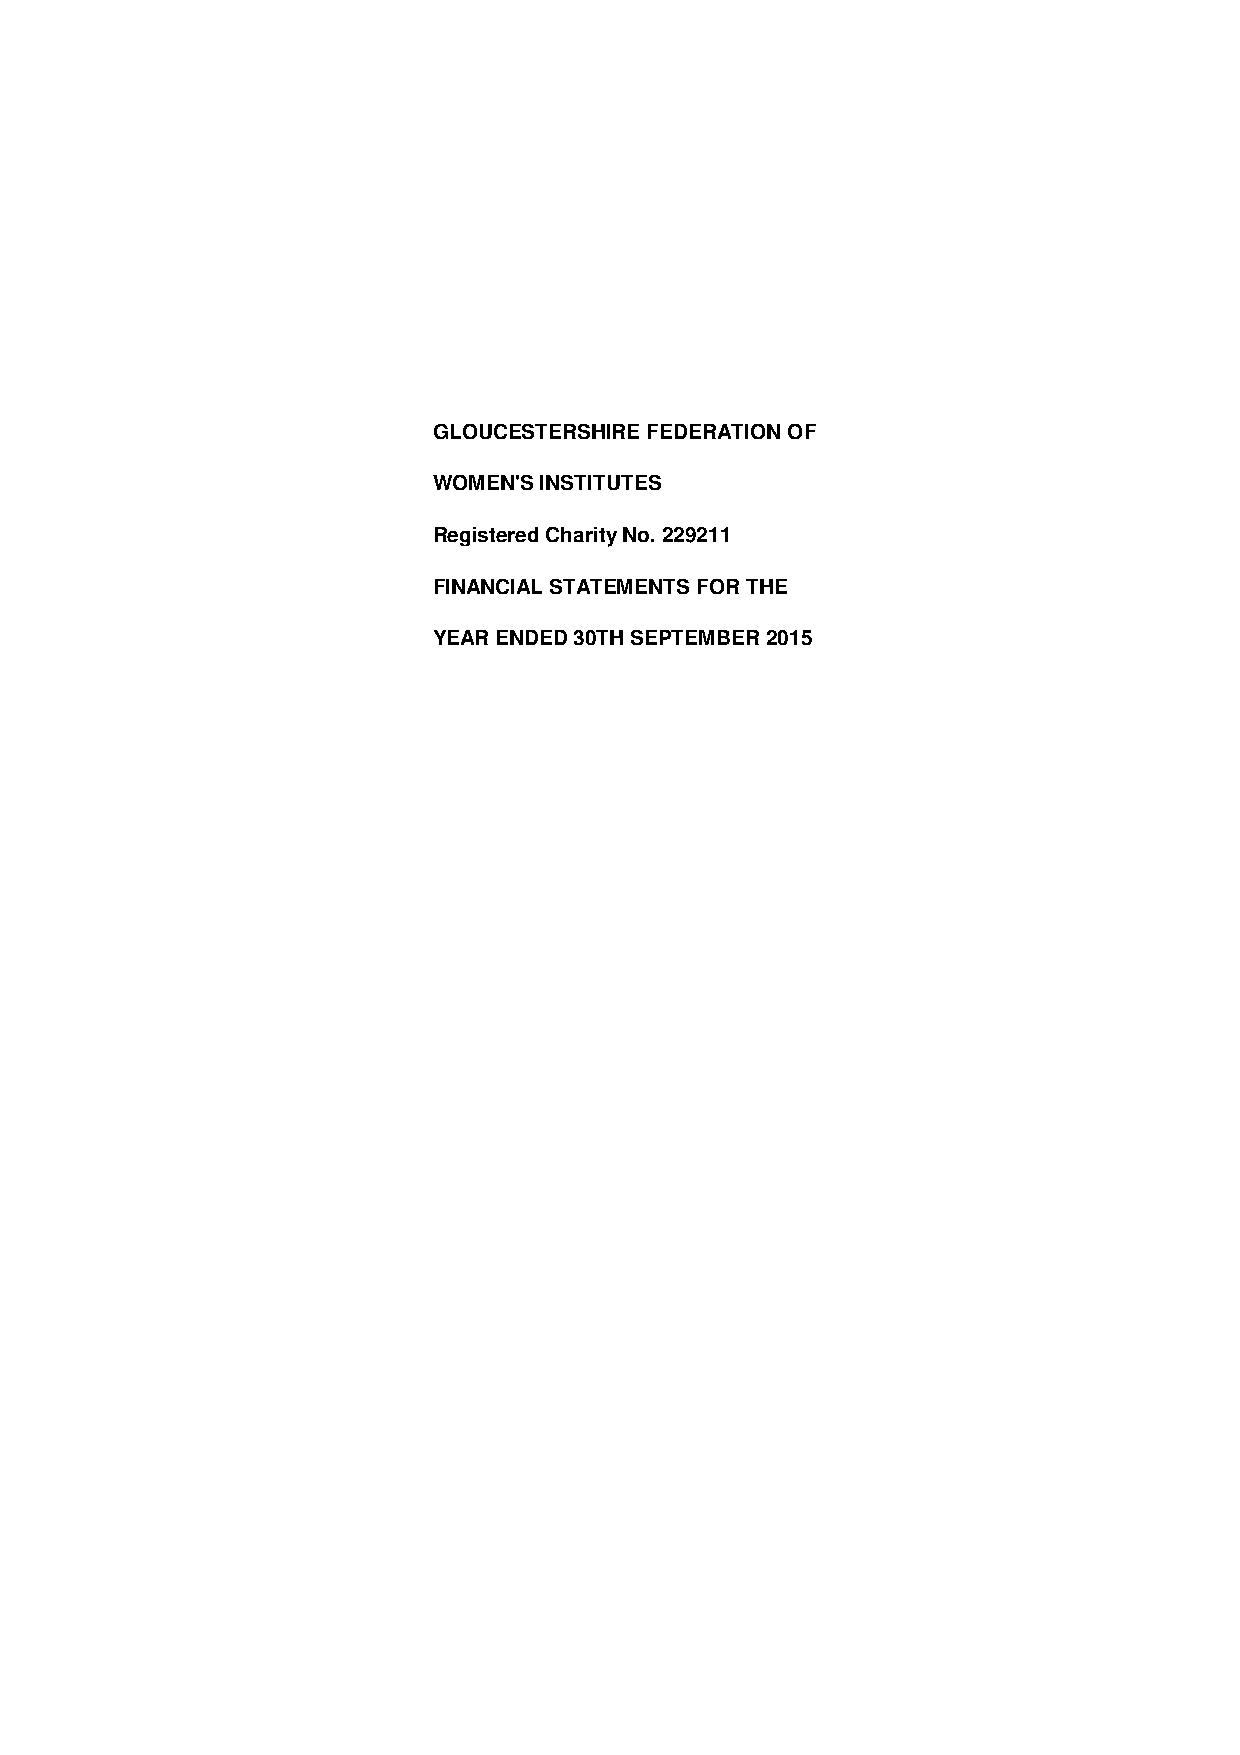
GLOUCESTERSHIRE FEDERATION OF
 WOMEN'S INSTITUTES
 Registered Charity No. 229211
 FINANCIAL STATEMENTS FOR THE
 YEAR ENDED 30TH SEPTEMBER 2015